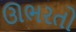
ઊભરતો